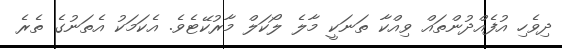
ދިވެހި އުފެއްދުންތައް ވިއްކާ ތަނަކީ މާލެ ލޯކަލް މާރުކޭޓެވެ. އެކަމަކު އެތަނުގެ ތެރެ